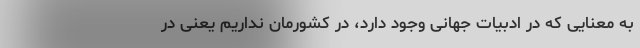
به معنایی که در ادبیات جهانی وجود دارد، در کشورمان نداریم یعنی در